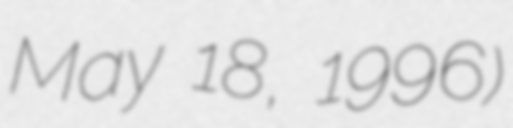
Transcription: May 18, 1996)